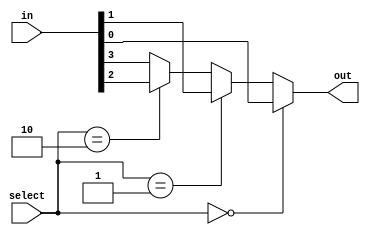
module Mux_41_conditional(
    input wire[3:0] in,
    input wire[1:0] select,
    output reg out
);
    always @ (select) begin
        if (select == 2'b00) out = in[0];
        else if (select == 2'b01) out = in[1];
        else if (select == 2'b10) out = in[2];
        else out = in[3];
    end
endmodule